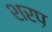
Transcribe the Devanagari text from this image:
शरप़